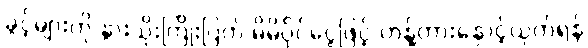
ခွင့်များကို နွားသိုးကြိုးပြတ် မိမိပိုင်ငွေဖြင့် ဟန့်တားနှောင့်ယှက်ရန်